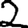
Digit: 2